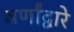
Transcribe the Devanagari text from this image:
वर्णांद्वारे